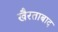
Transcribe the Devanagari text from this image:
खैरताबाद